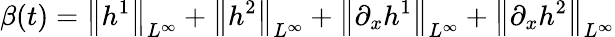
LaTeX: \beta(t)=\left\| h^{1}\right\| _{L^{\infty}}+\left\| h^{2}\right\| _{L^{\infty}}+\left\| \partial_{x}h^{1}\right\| _{L^{\infty}}+\left\| \partial_{x}h^{2}\right\| _{L^{\infty}}